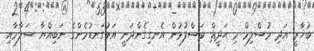
ބުޚާރީ އަދި މުސްލިމް މި ޙަދީޘް ބަސްފުޅުން އެނގިގެންދަނީ އަޅުގަނޑުމެންގެ ނަބިއްޔާ ސަލާމާއި